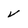
Character: v